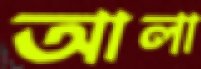
আলা